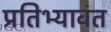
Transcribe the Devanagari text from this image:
प्रतिभ्यावंत